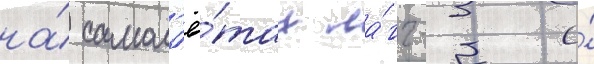
на́ самол'ё́тах ла́гг-3 и́